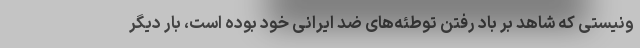
ونیستی که شاهد بر باد رفتن توطئه‌های ضد ایرانی خود بوده است، بار دیگر